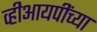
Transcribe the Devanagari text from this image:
व्हीआयपींच्या